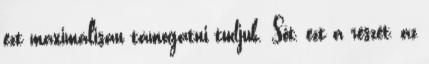
ezt maximálisan támogatni tudjuk. Sőt, ezt a részét, az